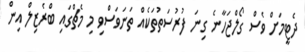
ދެޓީމަށް ވެސް ގޯލްޖަހާނެ ގިނަ ފުރުސަތުތަކެއް ތަނަވަސްވި މި މެޗްގައި ބްރެޒިލް އިން